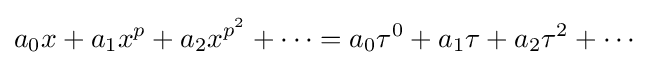
a_{0}x+a_{1}x^{p}+a_{2}x^{p^{2}}+\cdots =a_{0}\tau ^{0}+a_{1}\tau +a_{2}\tau ^{2}+\cdots